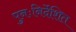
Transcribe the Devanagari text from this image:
पुनःनिर्देशित